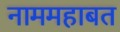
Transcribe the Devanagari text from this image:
नाममहाबत